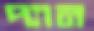
প্যান